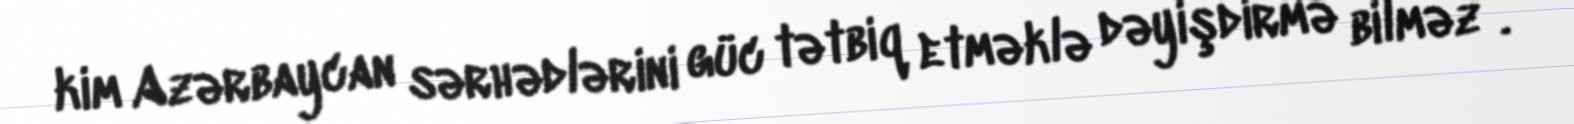
kim Azərbaycan sərhədlərini güc tətbiq etməklə dəyişdirmə bilməz”.